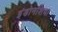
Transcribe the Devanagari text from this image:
इंडोनशिया